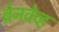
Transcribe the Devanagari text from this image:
ब्रेनवेव्ह